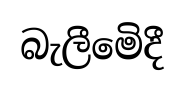
බැලීමෙිදී